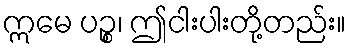
ဣမေ ပဉ္စ၊ ဤငါးပါးတို့တည်း။